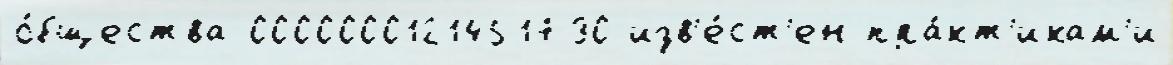
о́бщества 0000000121451730 изв'е́ст'ен пра́кт'икам'и